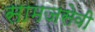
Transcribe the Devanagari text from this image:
सामजसेवी